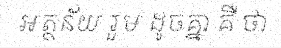
អត្ថន័យ រួម ដូចគ្នា គឺ ថា